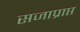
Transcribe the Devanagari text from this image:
सजाप्राप्त